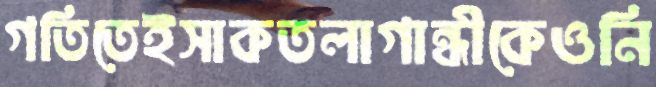
গতিতেইসাকতলাগান্ধীকেওনি